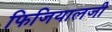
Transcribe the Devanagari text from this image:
फिजियालजी